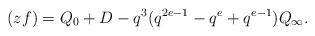
LaTeX: \begin{align*}(zf)=Q_0+D-q^3(q^{2e-1}-q^e+q^{e-1})Q_\infty.\end{align*}